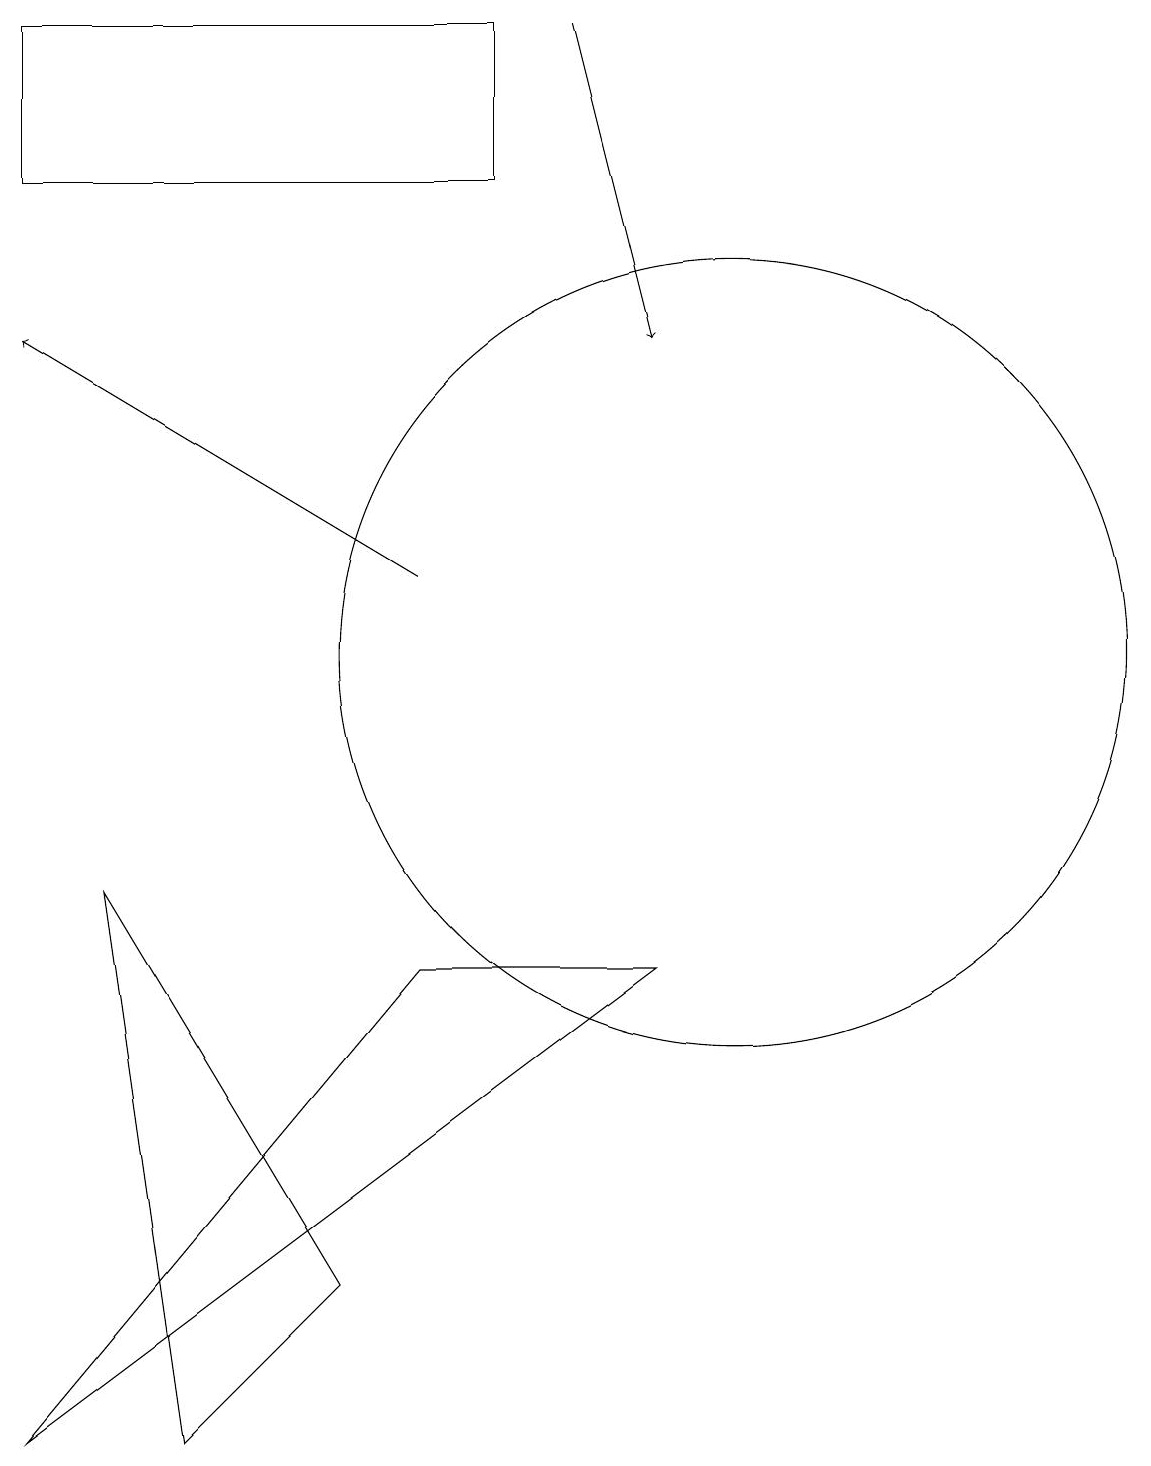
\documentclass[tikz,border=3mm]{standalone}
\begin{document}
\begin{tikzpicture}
\draw[->] (6,11) -- (1,14);
\draw (9,6) -- (6,6) -- (1,0) -- cycle;
\draw (10,10) circle (5);
\draw (2,7) -- (5,2) -- (3,0) -- cycle;
\draw[->] (8,18) -- (9,14);
\draw (7,16) rectangle (1,18);
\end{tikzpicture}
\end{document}